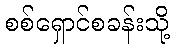
စစ်ရှောင်စခန်းသို့